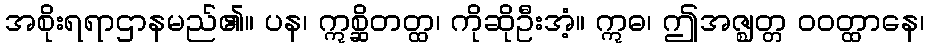
အစိုးရရာဌာနမည်၏။ ပန၊ ဣစ္ဆိတတ္ထ၊ ကိုဆိုဦးအံ့။ ဣဓ၊ ဤအဇ္ဈတ္တ ဝဝတ္ထာနေ၊